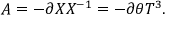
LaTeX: A = - \partial X X ^ { - 1 } = - \partial \theta T ^ { 3 } .